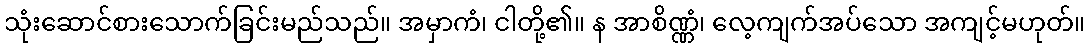
သုံးဆောင်စားသောက်ခြင်းမည်သည်။ အမှာကံ၊ ငါတို့၏။ န အာစိဏ္ဏံ၊ လေ့ကျက်အပ်သော အကျင့်မဟုတ်။